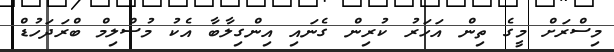
މިސްރަށް މީގެ ތިން އަހަރު ކުރިން ގެނައި އިންގިލާބާ އެކު މުސްލިމް ބްރަދަހުޑް